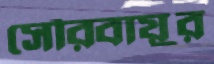
সৌরবায়ুর